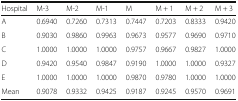
<table><thead><tr><td><b>Hospital</b></td><td><b>M-3</b></td><td><b>M-2</b></td><td><b>M-1</b></td><td><b>M</b></td><td><b>M + 1</b></td><td><b>M + 2</b></td><td><b>M + 3</b></td></tr></thead><tbody><tr><td>A</td><td>0.6940</td><td>0.7260</td><td>0.7313</td><td>0.7447</td><td>0.7203</td><td>0.8333</td><td>0.9420</td></tr><tr><td>B</td><td>0.9030</td><td>0.9860</td><td>0.9963</td><td>0.9673</td><td>0.9577</td><td>0.9690</td><td>0.9710</td></tr><tr><td>C</td><td>1.0000</td><td>1.0000</td><td>1.0000</td><td>0.9757</td><td>0.9667</td><td>0.9827</td><td>1.0000</td></tr><tr><td>D</td><td>0.9420</td><td>0.9540</td><td>0.9847</td><td>0.9190</td><td>1.0000</td><td>1.0000</td><td>0.9327</td></tr><tr><td>E</td><td>1.0000</td><td>1.0000</td><td>1.0000</td><td>0.9870</td><td>0.9780</td><td>1.0000</td><td>1.0000</td></tr><tr><td>Mean</td><td>0.9078</td><td>0.9332</td><td>0.9425</td><td>0.9187</td><td>0.9245</td><td>0.9570</td><td>0.9691</td></tr></tbody></table>